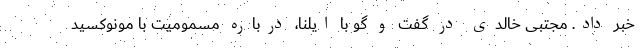
خبر داد. مجتبی خالدی در گفت و گو با ایلنا، درباره مسمومیت با مونوکسید